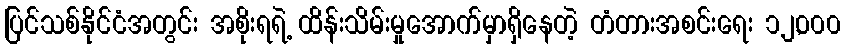
ပြင်သစ်နိုင်ငံအတွင်း အစိုးရရဲ့ ထိန်းသိမ်းမှုအောက်မှာရှိနေတဲ့ တံတားအစင်းရေး ၁၂,၀၀၀